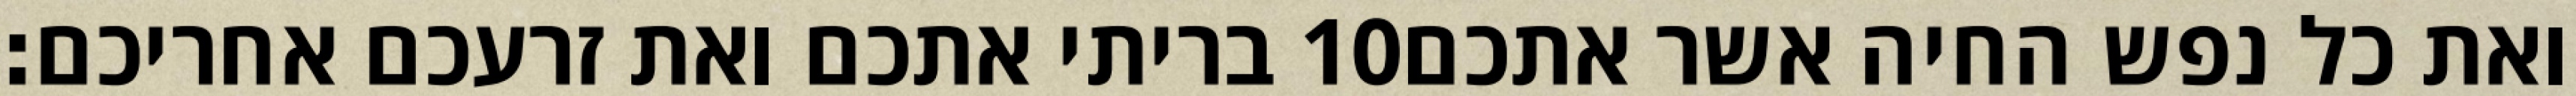
בריתי אתכם ואת זרעכם אחריכם׃ ‎10‏ ואת כל נפש החיה אשר אתכם